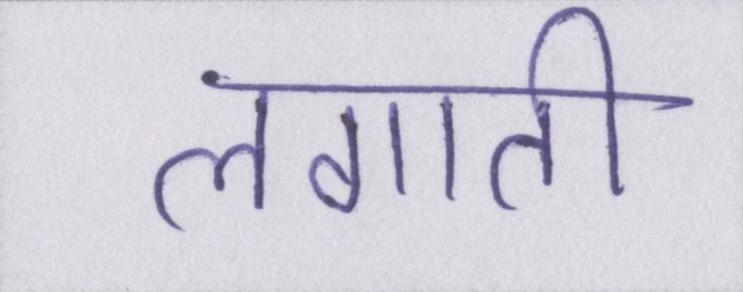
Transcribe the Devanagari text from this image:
लगाती